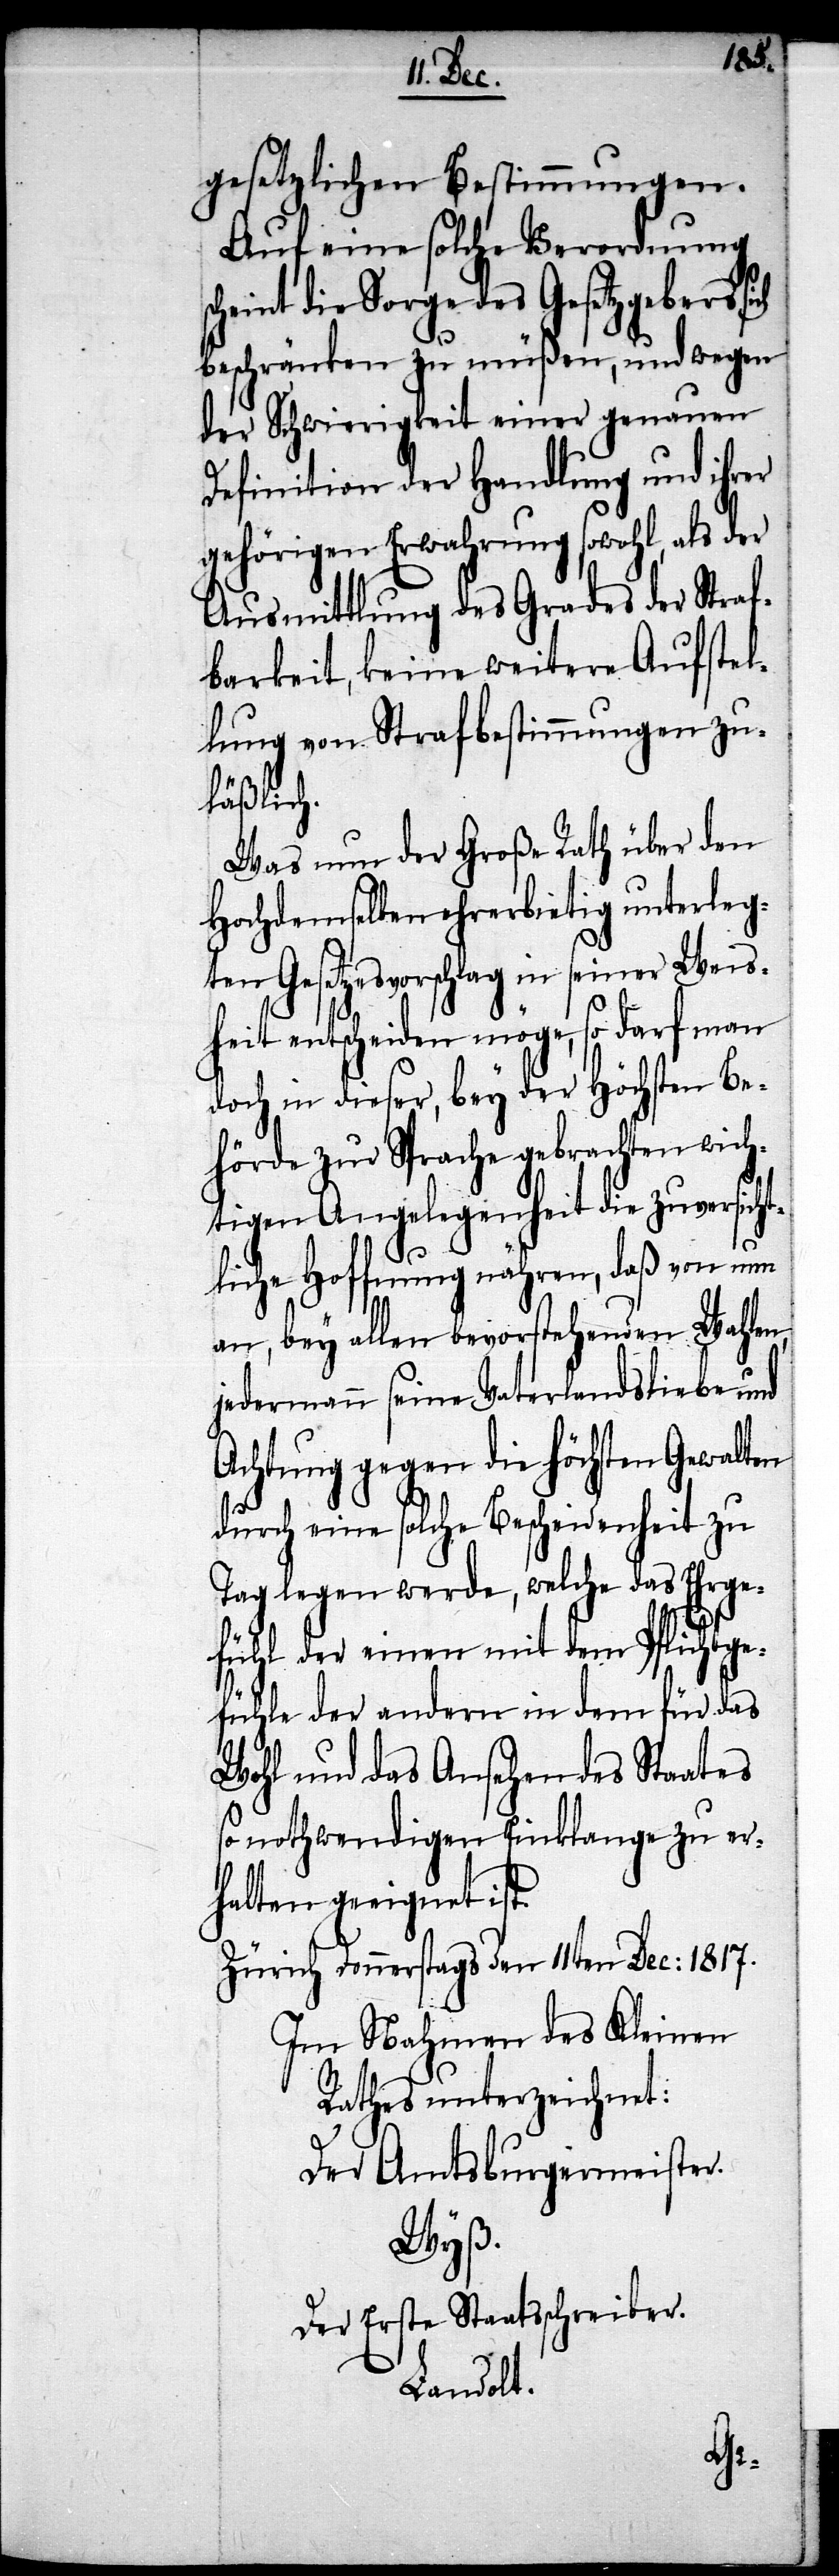
gesetzlichen Bestimmungen.
Auf eine solche Verordnung
scheint die Sorge des Gesetzgebers si¬
beschränken zu müßen, und wegen
der Schwierigkeit einer genauen
Definition der Handlung und ihrer
gehörigen Erwahrung sowohl, als der
Ausmittlung des Grades der Straf¬
barkeit, keine weitere Aufstel¬
lung von Strafbestimmungen zu¬
läßlich.
Was nun der Große Rath über den
Hochdenselben ehrerbietig unterleg¬
ten Gesetzesvorschlag in seiner Weis¬
heit entscheiden möge, so darf man
doch in dieser, bey der Höchsten Be¬
hörde zur Sprache gebrachten wich¬
tigen Angelegenheit die zuversicht¬
liche Hoffnung nähren, daß von nun
an, bey allen bevorstehenden Wahlen,
jedermann seine Vaterlandsliebe und
Achtung gegen die Höchsten Gewalten
durch eine solche Bescheidenheit zu
Tag legen werde, welche des Ehrge¬
ch
fühl der einen mit dem Pflichtge¬
fühle der andern in dem für das
Wohl und das Ansehen des Staates
so nothwendigen Einklange zu er¬
halten geeignet ist.
Zürich Donnerstags den 11ten Dec: 1817.
Im Nahmen des Kleinen
Rathes unterzeichnet:
Der Amtsbürgermeister
Wyß.
Der Erste Staatsschreiber.
Landolt.